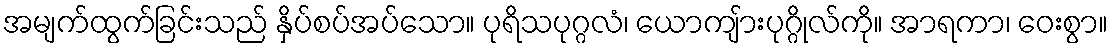
အမျက်ထွက်ခြင်းသည် နှိပ်စပ်အပ်သော။ ပုရိသပုဂ္ဂလံ၊ ယောကျ်ားပုဂ္ဂိုလ်ကို။ အာရကာ၊ ဝေးစွာ။